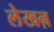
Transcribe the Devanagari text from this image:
लेखऩ